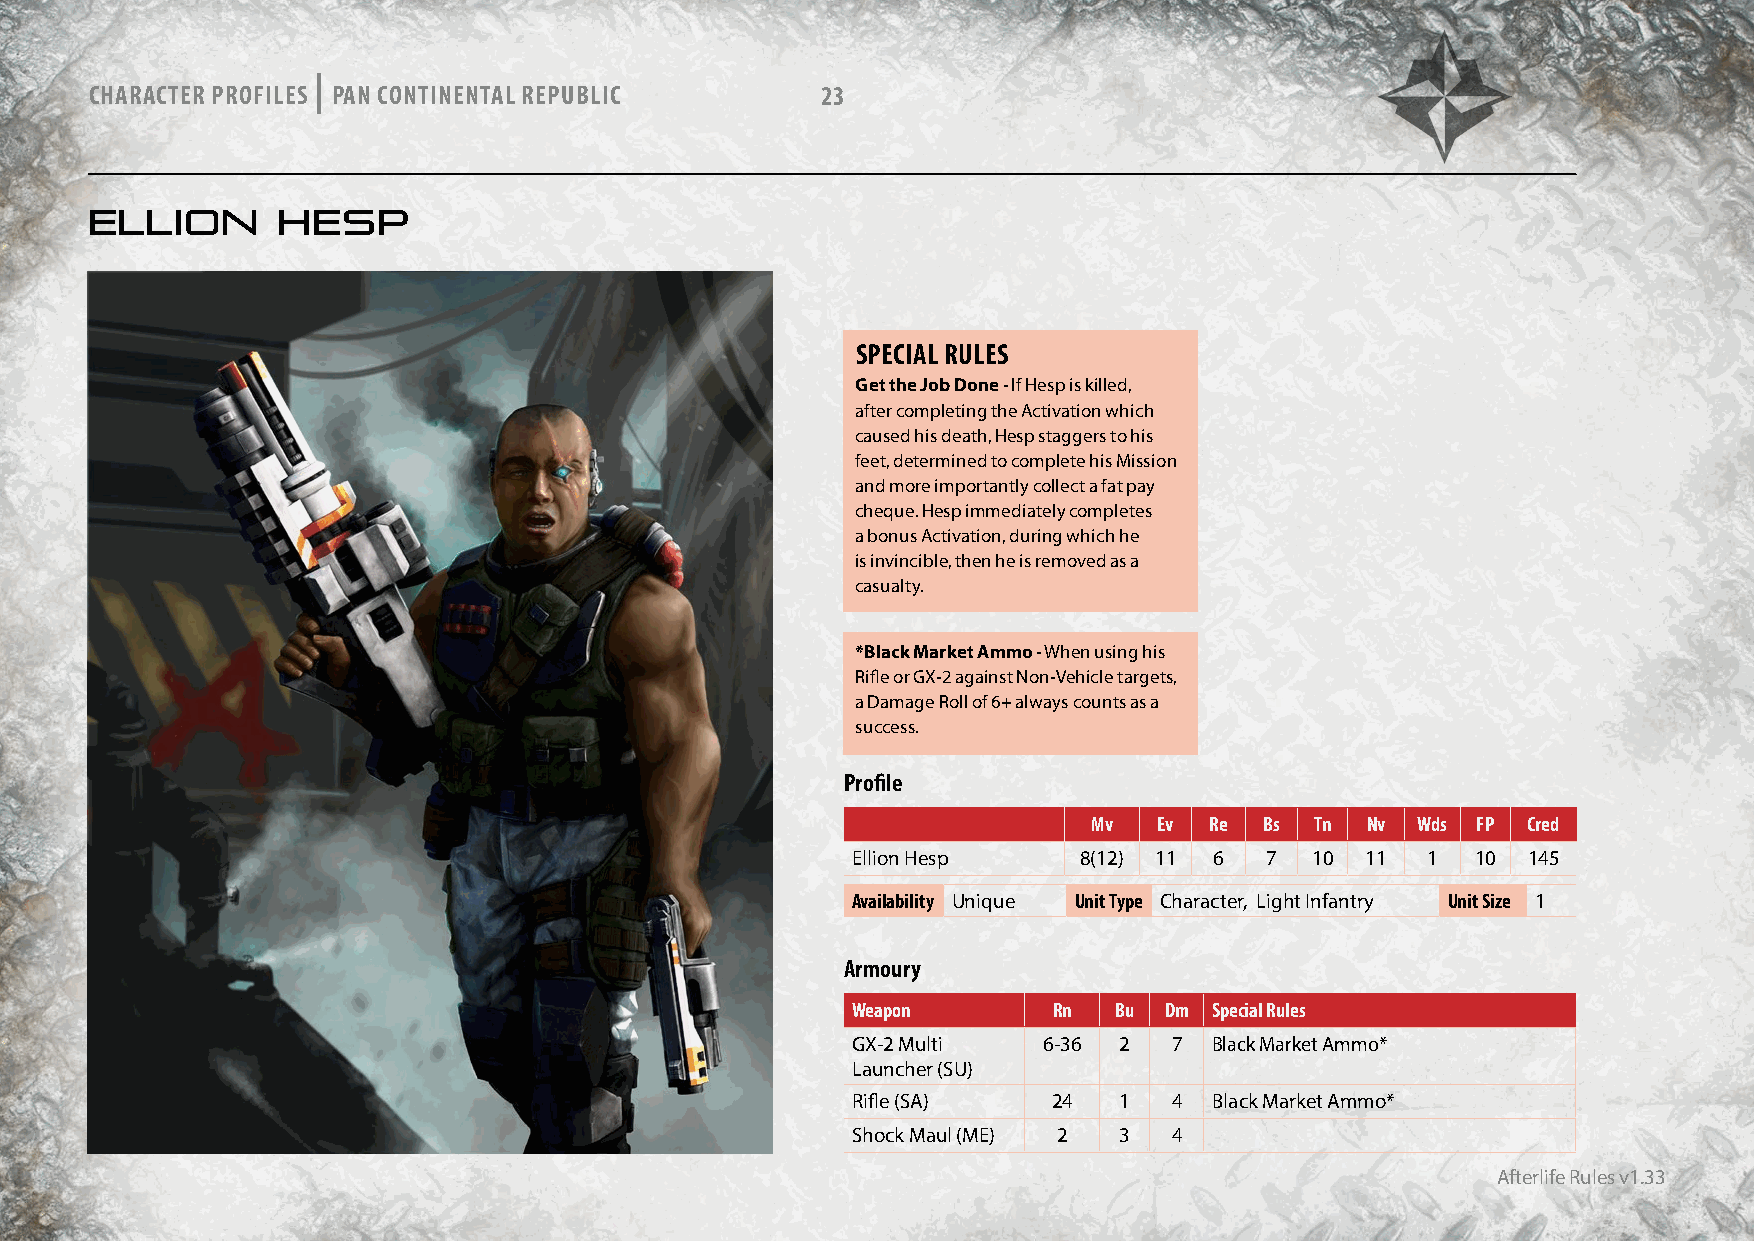
|
 CHARACTER PROFILES PAN CONTINENTAL REPUBLIC     23
 ELLION      HESP
 SPECIAL RULES
 Get the Job Done - If Hesp is killed,
 after completing the Activation which
 caused his death, Hesp staggers to his
 feet, determined to complete his Mission
 and more importantly collect a fat pay
 cheque. Hesp immediately completes
 a bonus Activation, during which he
 is invincible, then he is removed as a
 casualty.
 *Black Market Ammo - When using his
 Rifle or GX-2 against Non-Vehicle targets,
 a Damage Roll of 6+ always counts as a
 success.
 Profile
 Mv   Ev Re  Bs Tn Nv  Wds FP Cred
 Ellion Hesp     8(12) 11 6  7  10 11  1   10 145
 Availability Unique Unit Type Character, Light Infantry Unit Size 1
 Armoury
 Weapon        Rn  Bu Dm Special Rules
 GX-2 Multi   6-36 2   7 Black Market Ammo*
 Launcher (SU)
 Rifle (SA)    24  1   4 Black Market Ammo*
 Shock Maul (ME) 2 3   4
 Afterlife Rules v1.33